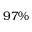
9 7 \%